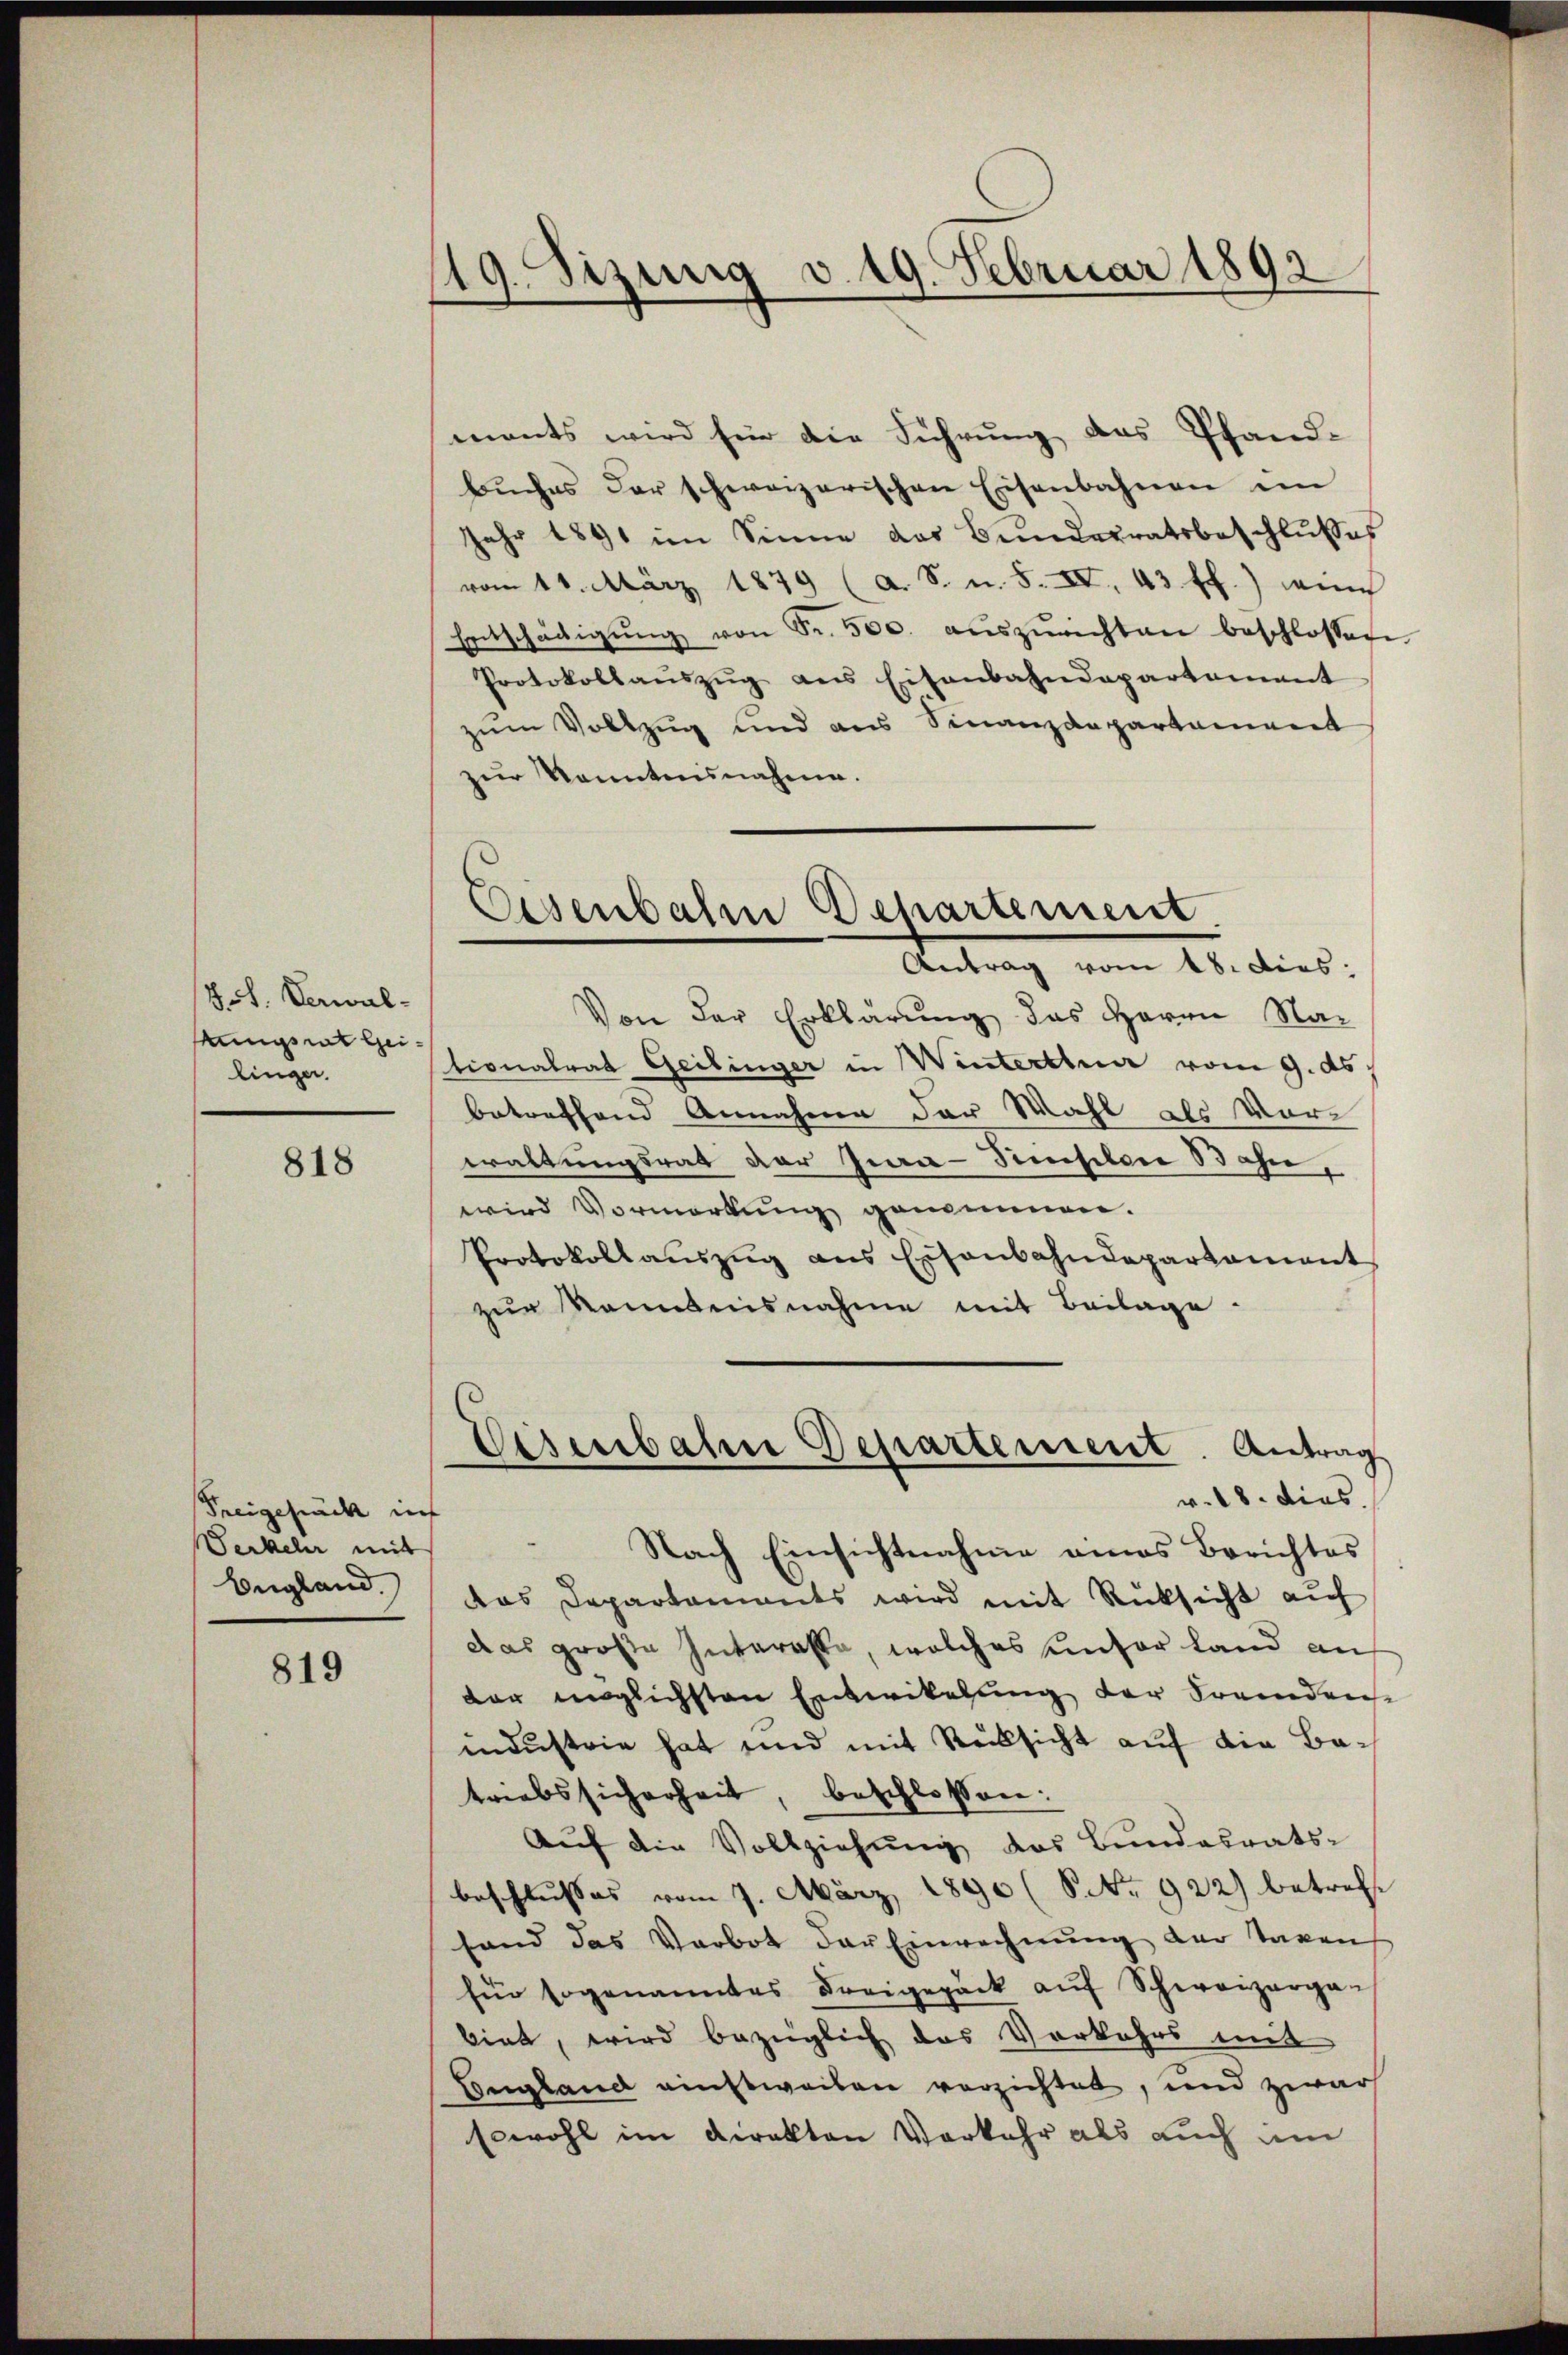
J.F. Verwalfungsrat Gei
linger.

818

Freigebrach in
Seckeler mit
Begland

819

19. Sizung v. 19. Februar 1892

ments wird für die Führung des Pfand-
Bŭches der schweizerischen Eisenbahnen im
Jahr 1891 im Sinne das Bundesratsbeschlŭsses
vom 11. März 1879 (a. S. u. 5. IV. 43 ff.) in
Entschädigŭng von Fr. 500. aŭszŭrichten beschlossen
Protokollaŭszŭg ans Eisenbahndepartement
zum Vollzug und aus Finanzdepartament
zur Kenntnisnahme.

Von der Erklärung des Herrn Nationalrat Geilinger in Winterthur vom 9. ds.
betreffend Annahme der Wahl als Vorwaltungsrat der Jura-Pensilen Bahn,
wird Vormerkung genommen.
Protokollaŭszŭg ans Eisenbahndepartament
zur Kenntnisnahme mit Beilage
Nach Einsichtnahme eines Berichtes
das Departaments wird mit Rücksicht auf
das große Interesse, welches unser Land an
dar möglichsten Entwickelung der Fremdenmdustrie hat und mit Rücksicht auf die Be-
triebssicherheit, beschlossen:
Aŭf die Vollziehŭng das Bundesrats-
beschlusses vom 7. März 1890 (S No 922) betreffe
fand das Verbot der Einrechnŭng der Tagen
für sogenanntes Freigepack aŭf Schweizerga-
biet, wird bezüglich das Vorkehrs mit
Gongland ainstweiben verzichtet, und zwar
Eswohl im Direkton Vorkehr als auch um

Eisenbahn Departement.
Antrag vom 18. Dies

Visenbahre Departement. Antrag
v. 18. dies.